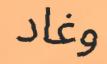
وغاد